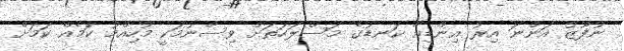
ނުފޫޒު އަންނަ އިރު އިންޑިއާ ކަނޑުގެ މަސްލަހަތަށް ވިސްނުމަކީ މުހިއްމު ކަމެއް ކަމަށް